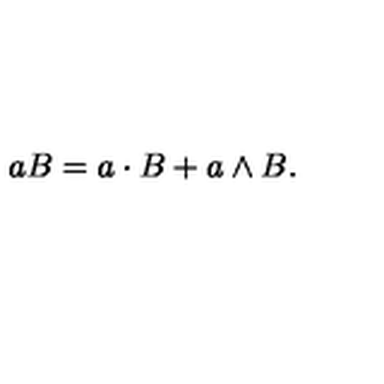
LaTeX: a B = a \cdot B + a \wedge B .